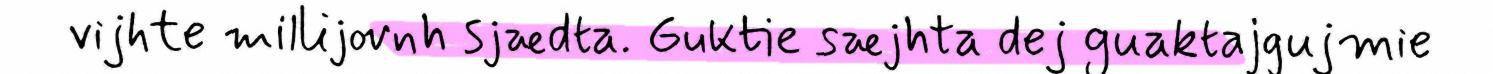
vijhte millijovnh sjædta. Guktie sæjhta dej guaktajgujmie